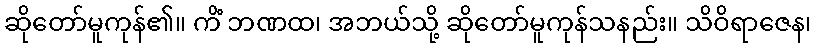
ဆိုတော်မူကုန်၏။ ကိံ ဘဏထ၊ အဘယ်သို့ ဆိုတော်မူကုန်သနည်း။ သိဝိရာဇေန၊